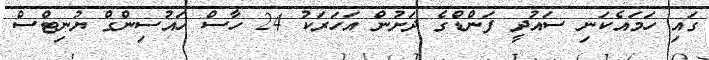
ގައި ހަމައެކަނި ސައުދީ ފަންޑްގެ ދަށުން އަހަރަކު 24 ހާސް ހައުސިންގް ޔުނިޓްސް